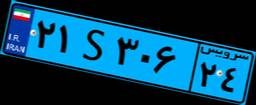
۲۱S۳۰۶۲۴